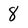
Character: 8